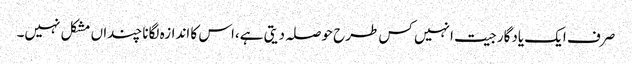
صرف ایک یادگار جیت انہیں کس طرح حوصلہ دیتی ہے،اس کا اندازہ لگانا چنداں مشکل نہیں۔